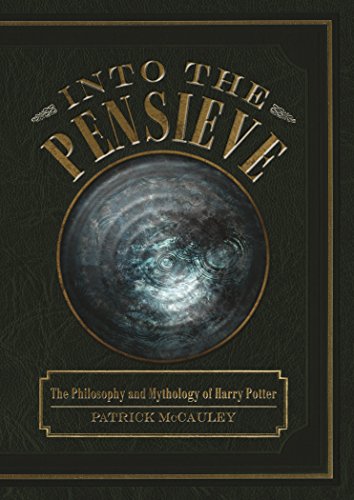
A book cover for Into the Pensieve: The Philosophy and Mythology of Harry Potter; Patrick McCauley; Science Fiction & Fantasy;